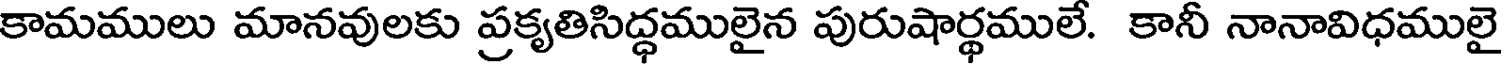
కామములు మానవులకు ప్రకృతిసిద్ధములైన పురుషార్థములే. కానీ నానావిధములై